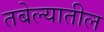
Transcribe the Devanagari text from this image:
तबेल्यातील